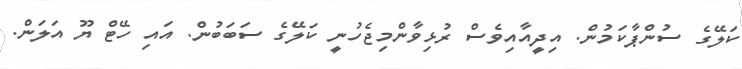
ކަލޭގެ ސުންޕާކަމުން. އިދީއާއިވެސް ރުޅިވާންމިޖެހުނީ ކަލޭގެ ސަބަބުން. އައި ހޭޓް ޔޫ އަލަން.